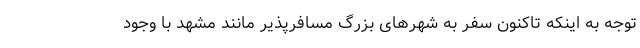
توجه به اینکه تاکنون سفر به شهرهای بزرگ مسافرپذیر مانند مشهد با وجود